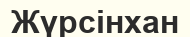
Жүрсінхан